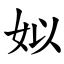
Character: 姒